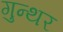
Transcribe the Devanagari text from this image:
गुन्थर